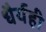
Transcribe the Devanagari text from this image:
धैर्यही